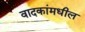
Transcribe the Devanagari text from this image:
वादकांमधील